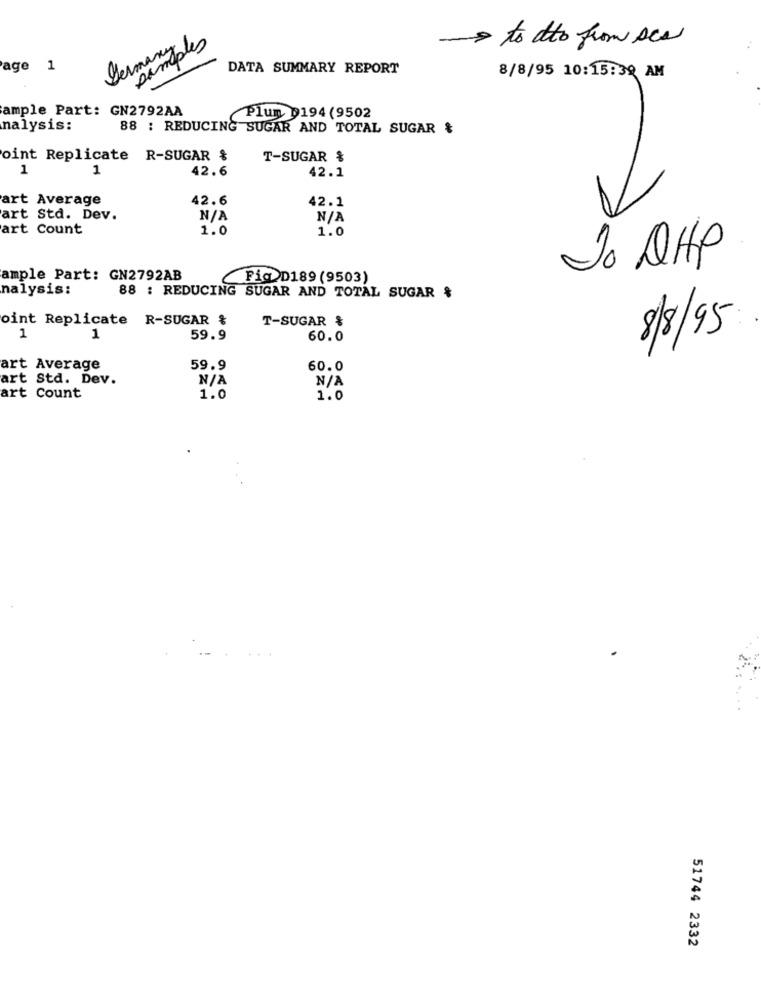
Germany
samples
to atto from ses
age 1
DATA SUMMARY REPORT
8/8/95 10:15:39 AM
ample Part: GN2792AA
Plun 0194 (9502
nalysis:
88 : REDUCING SUGAR AND TOTAL SUGAR &
oint Replicate R-SUGAR &
T-SUGAR &
1
1
42.6
42.1
art Average
42.6
42.1
art Std. Dev.
art Count
1.0
1.0
Jo QHP
ample Part: GN2792AB
Fig D189 (9503)
nalysis:
88 : REDUCING SUGAR AND TOTAL SUGAR &
oint Replicate R-SUGAR &
T-SUGAR &
1
1
59.9
60.0
8/8/95
art Average
59.9
60.0
art Std. Dev.
art Count
1.0
1.0
51744 2332